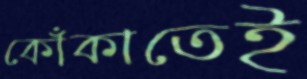
কোঁকাতেই